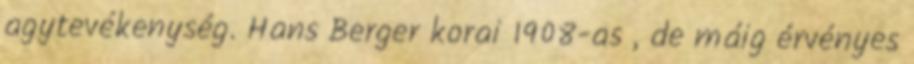
agytevékenység. Hans Berger korai 1908-as , de máig érvényes